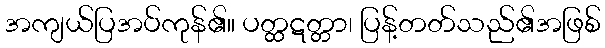
အကျယ်ပြအပ်ကုန်၏။ ပတ္ထဋတ္တာ၊ ပြန့်တတ်သည်၏အဖြစ်